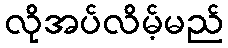
လိုအပ်လိမ့်မည်